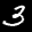
Label: 3